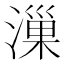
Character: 漅